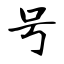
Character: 号